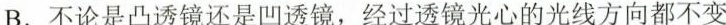
B.不论是凸透镜还是凹透镜，经过透镜光心的光线方向都不变